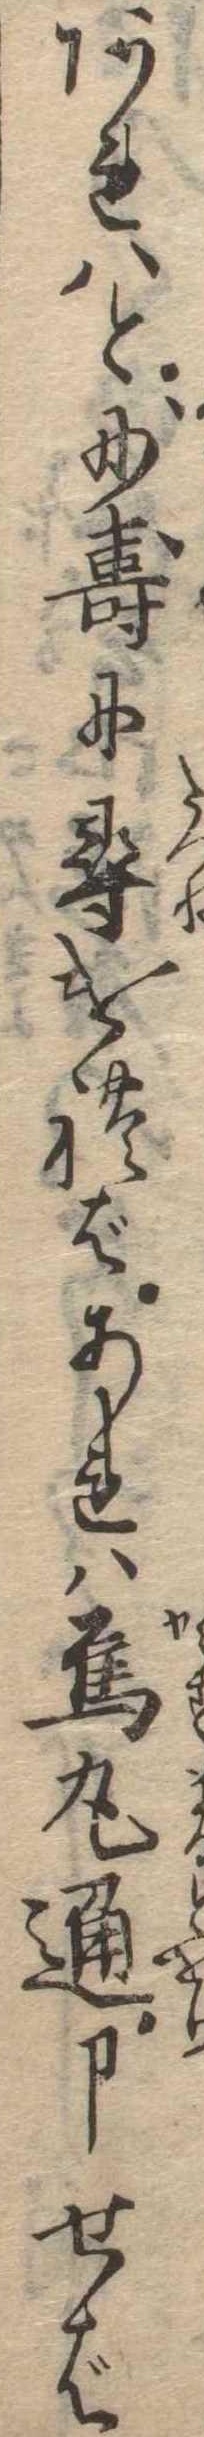
あれはと妙寿に尋ければあれは烏丸通申せば